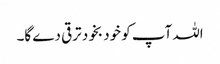
اللہ آپ کو خود بخود ترقی دے گا۔